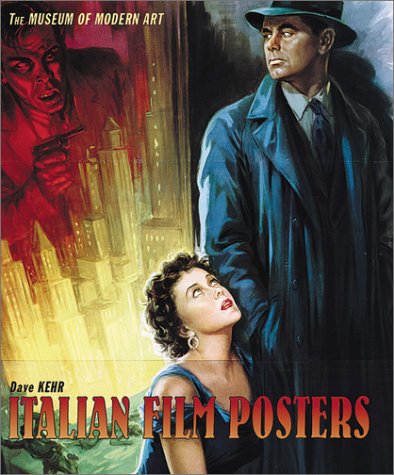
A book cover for Italian Film Posters; Dave Kehr; Crafts, Hobbies & Home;